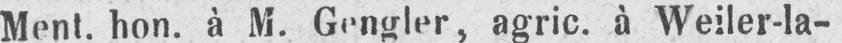
Ment. hon. à M. Gengler, agric. à Weiler-Ia-